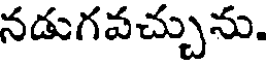
నడుగవచ్చును.